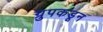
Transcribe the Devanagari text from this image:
ग्रुपकडून